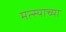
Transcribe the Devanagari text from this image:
मत्स्याच्या